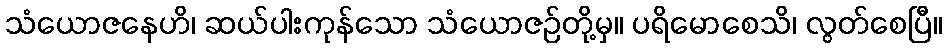
သံယောဇနေဟိ၊ ဆယ်ပါးကုန်သော သံယောဇဉ်တို့မှ။ ပရိမောစေသိ၊ လွတ်စေပြီ။